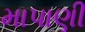
માપાણી